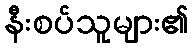
နီးစပ်သူများ၏